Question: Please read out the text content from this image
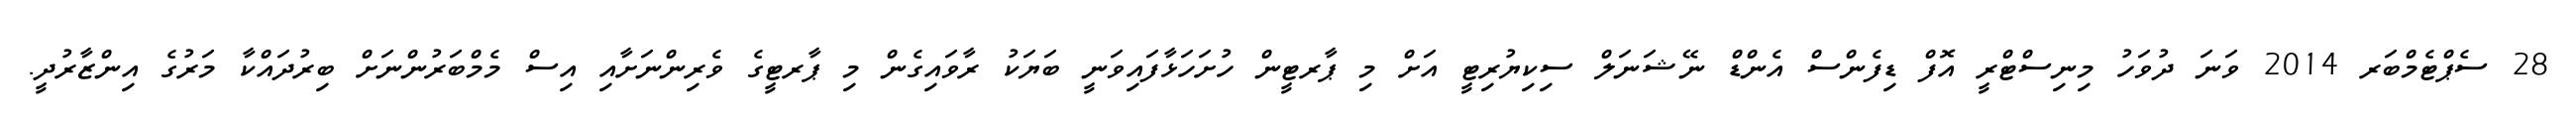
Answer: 28 ސެޕްޓެމްބަރ 2014 ވަނަ ދުވަހު މިނިސްޓްރީ އޮފް ޑިފެންސް އެންޑް ނޭޝަނަލް ސިކިޔުރިޓީ އަށް މި ޕާރޓީން ހުށަހަޅާފައިވަނީ ބަޔަކު ރާވައިގެން މި ޕާރޓީގެ ވެރިންނަށާއި އިސް މެމްބަރުންނަށް ބިރުދައްކާ މަރުގެ އިންޒާރުދީ.